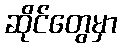
ဆိုင်တွေမှာ